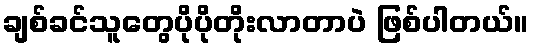
ချစ်ခင်သူတွေပိုပိုတိုးလာတာပဲ ဖြစ်ပါတယ်။